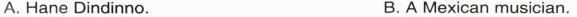
A. Hane Dindinno. B.A Mexican musician.